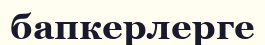
бапкерлерге